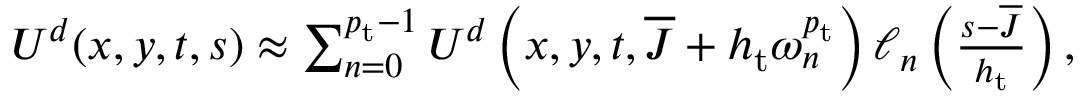
\begin{array} { r } { U ^ { d } ( \boldsymbol { x } , \boldsymbol { y } , t , s ) \approx \sum _ { n = 0 } ^ { { p _ { \mathrm { t } } } - 1 } U ^ { d } \left( \boldsymbol { x } , \boldsymbol { y } , t , \overline { { J } } + h _ { \mathrm { t } } \omega _ { n } ^ { p _ { \mathrm { t } } } \right) \ell _ { n } \left( \frac { s - \overline { { J } } } { h _ { \mathrm { t } } } \right) , } \end{array}